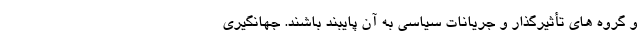
و گروه های تأثیرگذار و جریانات سیاسی به آن پایبند باشند. جهانگیری